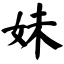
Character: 妹